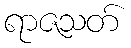
ရာဇသတ်